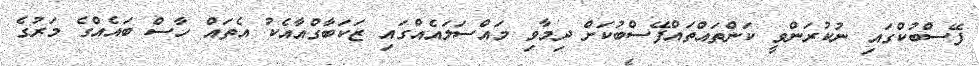
ފޭސްބުކްގައި ނުކުރަންވީ ކަންތައްތައްފޭސްބުކަށް ދިމާވި މައްސަލައެއްގައި ޒަކަބާގްއާއެކު އެތައް ހާސް ބައެއްގެ މަރުގެ